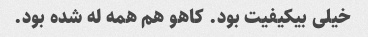
خیلی بیکیفیت بود. کاهو هم همه له شده بود.